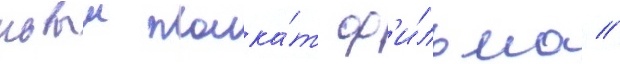
новыи плака́т ф'и́льма //